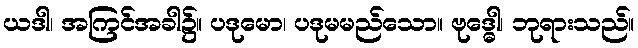
ယဒါ၊ အကြင်အခါ၌။ ပဒုမော၊ ပဒုမမည်သော။ ဗုဒ္ဓေါ၊ ဘုရားသည်။